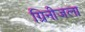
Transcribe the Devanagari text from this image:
ग्रिनीजला